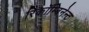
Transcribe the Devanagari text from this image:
रिकॉम्बिनेन्ट